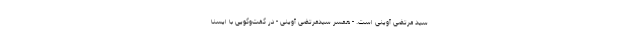
سید مرتضی آوینی است. - همسر سیدمرتضی آوینی - در گفت‌وگویی با ایسنا